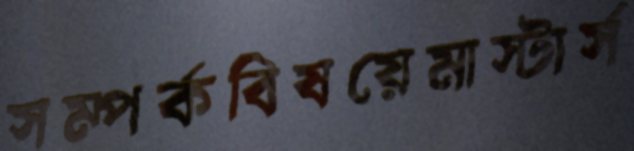
সম্পর্কবিষয়েমাস্টার্স